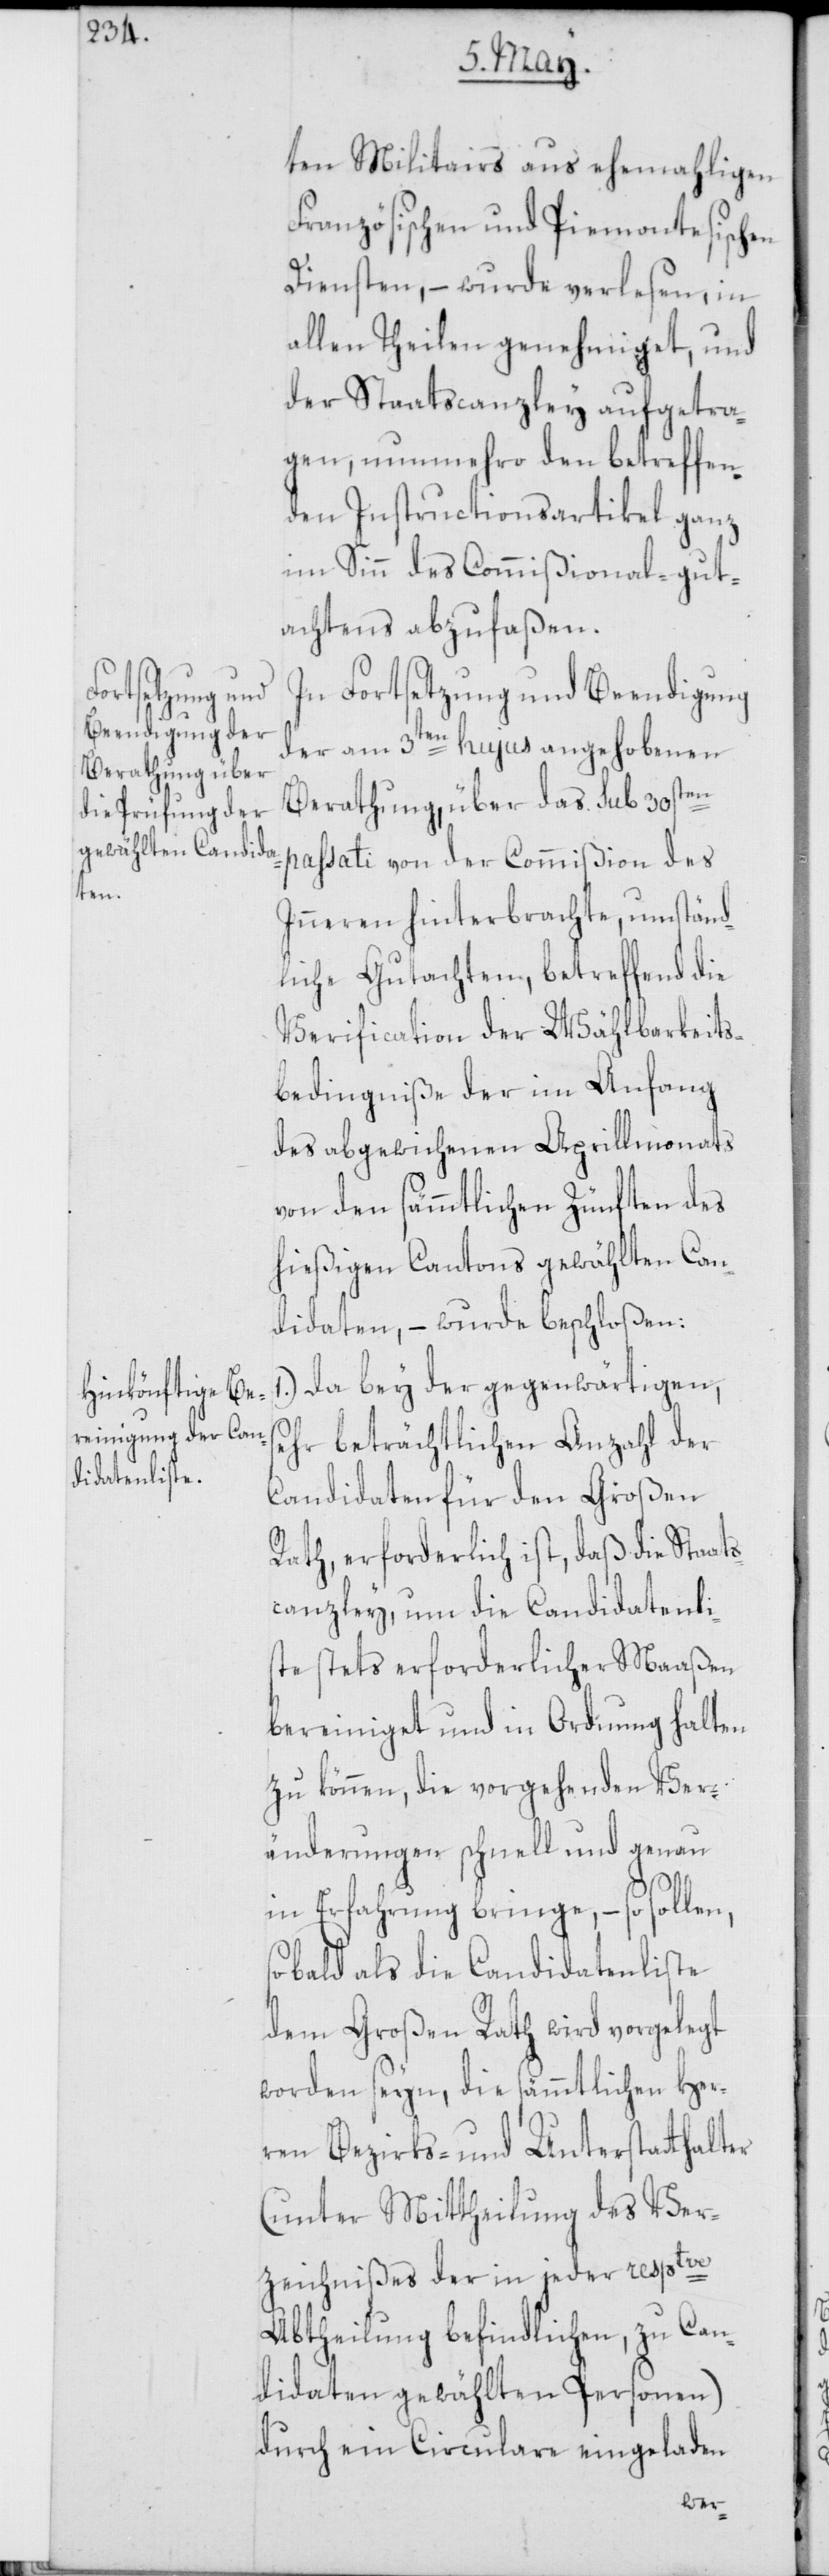
ten Militairs aus ehemahligen
Französischen und Piemontesischen
Diensten, – wurde verlesen, in
allen Theilen genehmiget, und
der Staatscanzley aufgetra¬
gen, nunmehro den betreffen¬
den Instructionsartikel ganz
im Sinn des Commißional-gut¬
achtens abzufaßen.
In Fortsetzung und Beendigung
der am 3ten hujus angehobenen
Berathung, über das sub 30sten
passati von der Commißion des
Inneren hinterbrachte, umständ¬
liche Gutachten, betreffend die
Verification der Wählbarkeits¬
bedingniße der im Anfang
des abgewichenen Aprillmonats
von den sämmtlichen Zünften des
hießigen Cantons gewählten Can¬
didaten, – wurde beschloßen:
1.) Da bey der gegenwärtigen,
sehr beträchtlichen Anzahl der
Candidaten für den Großen
Rath, erforderlich ist, daß die Staats¬
canzley, um die Candidatenli¬
ste stets erforderlicher Maaßen
bereiniget und in Ordnung halten
zu können, die vorgehenden Ver¬
änderungen schnell und genau
in Erfahrung bringe, – so sollen,
sobald als die Candidatenliste
dem Großen Rath wird vorgelegt
worden seyn, die sämmtlichen Her¬
ren Bezirks- und Unterstatthalter
(unter Mittheilung des Ver¬
zeichnißes der in jeder resptve
Abtheilung befindlichen, zu Can¬
didaten gewählten Personen)
durch ein Circulare eingeladen